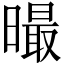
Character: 𣋁